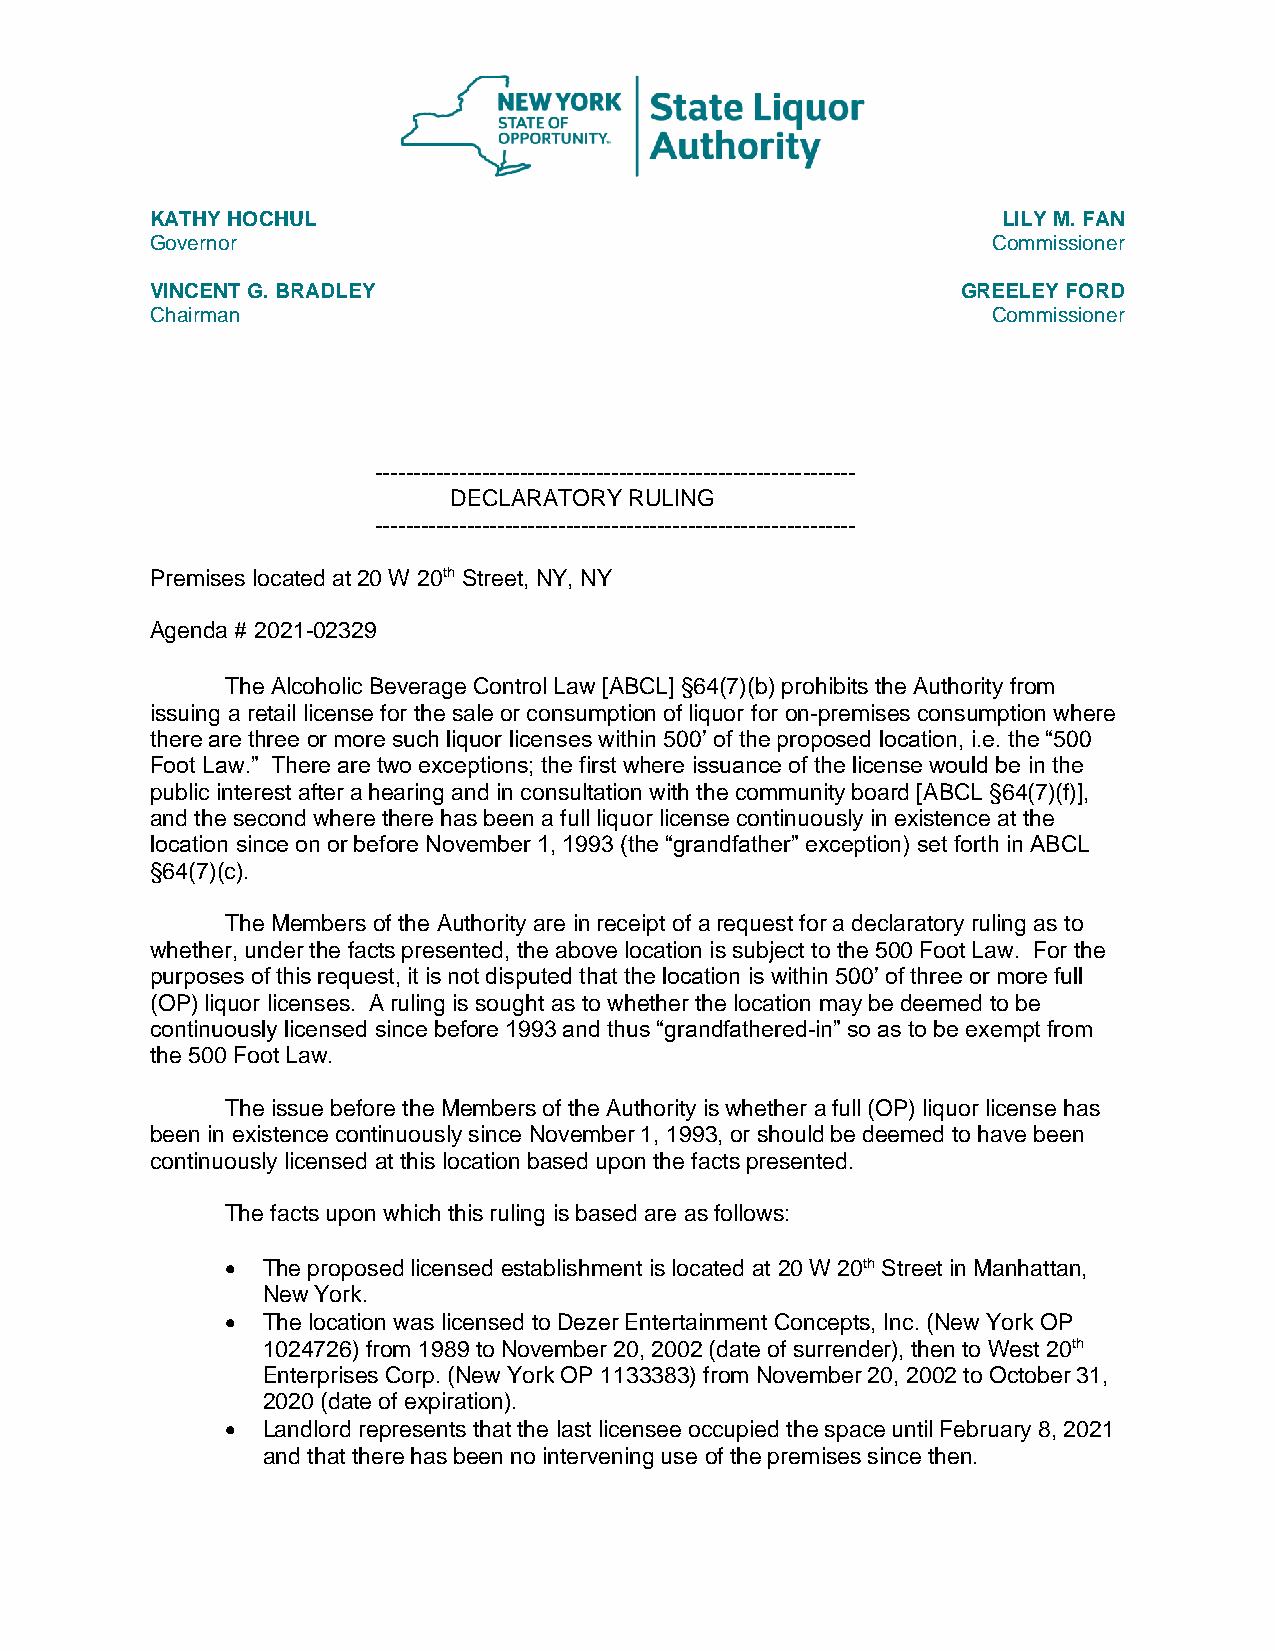
KATHY HOCHUL                                            LILY M. FAN
 Governor                                                Commissioner
 VINCENT G. BRADLEY                                    GREELEY FORD
 Chairman                                                Commissioner
 ---------------------------------------------------------------
 DECLARATORY RULING
 ---------------------------------------------------------------
 Premises located at 20 W 20th Street, NY, NY
 Agenda # 2021-02329
 The Alcoholic Beverage Control Law [ABCL] §64(7)(b) prohibits the Authority from
 issuing a retail license for the sale or consumption of liquor for on-premises consumption where
 there are three or more such liquor licenses within 500’ of the proposed location, i.e. the “500
 Foot Law.” There are two exceptions; the first where issuance of the license would be in the
 public interest after a hearing and in consultation with the community board [ABCL §64(7)(f)],
 and the second where there has been a full liquor license continuously in existence at the
 location since on or before November 1, 1993 (the “grandfather” exception) set forth in ABCL
 §64(7)(c).
 The Members of the Authority are in receipt of a request for a declaratory ruling as to
 whether, under the facts presented, the above location is subject to the 500 Foot Law. For the
 purposes of this request, it is not disputed that the location is within 500’ of three or more full
 (OP) liquor licenses. A ruling is sought as to whether the location may be deemed to be
 continuously licensed since before 1993 and thus “grandfathered-in” so as to be exempt from
 the 500 Foot Law.
 The issue before the Members of the Authority is whether a full (OP) liquor license has
 been in existence continuously since November 1, 1993, or should be deemed to have been
 continuously licensed at this location based upon the facts presented.
 The facts upon which this ruling is based are as follows:
 • The proposed licensed establishment is located at 20 W 20th Street in Manhattan,
 New York.
 • The location was licensed to Dezer Entertainment Concepts, Inc. (New York OP
 1024726) from 1989 to November 20, 2002 (date of surrender), then to West 20th
 Enterprises Corp. (New York OP 1133383) from November 20, 2002 to October 31,
 2020 (date of expiration).
 • Landlord represents that the last licensee occupied the space until February 8, 2021
 and that there has been no intervening use of the premises since then.